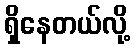
ရှိနေတယ်လို့